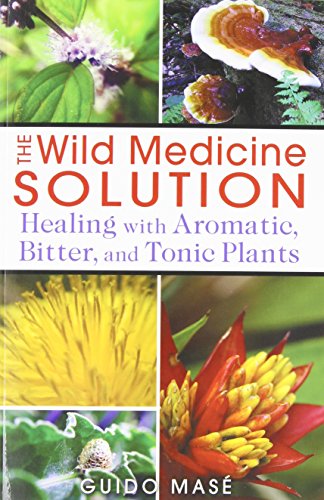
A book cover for The Wild Medicine Solution: Healing with Aromatic, Bitter, and Tonic Plants; Guido MasÃ©; Health, Fitness & Dieting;